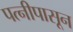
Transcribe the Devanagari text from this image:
पत्‍नीपासून